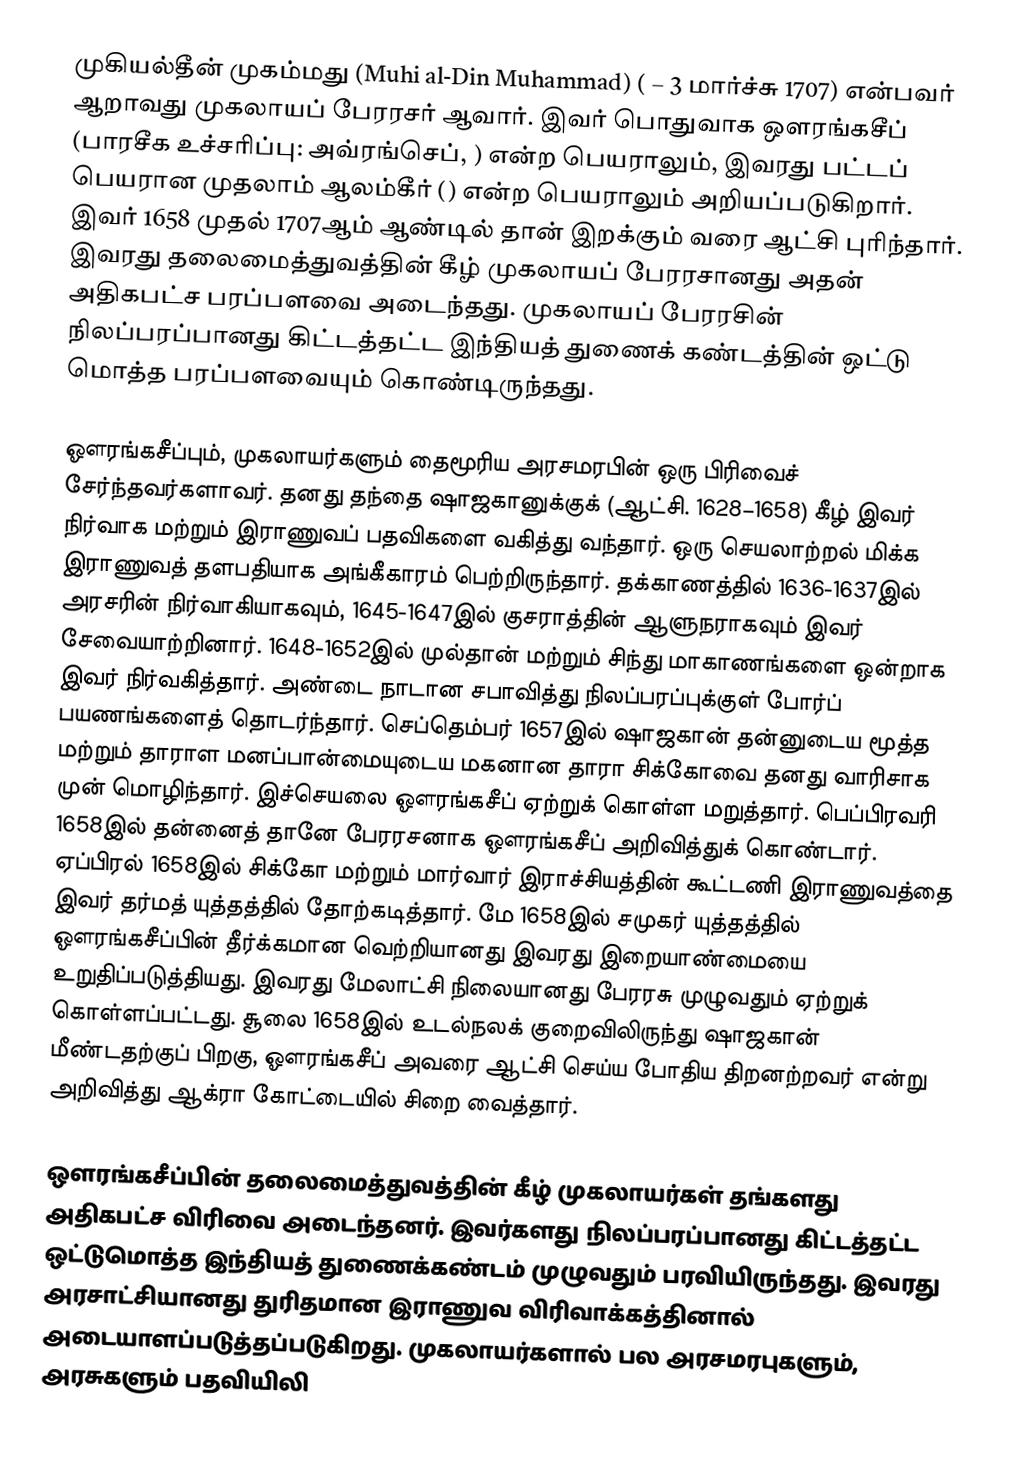
முகியல்தீன் முகம்மது (Muhi al-Din Muhammad) ( – 3 மார்ச்சு 1707) என்பவர் ஆறாவது முகலாயப் பேரரசர் ஆவார். இவர் பொதுவாக ஔரங்கசீப் (பாரசீக உச்சரிப்பு: அவ்ரங்செப், ) என்ற பெயராலும், இவரது பட்டப் பெயரான முதலாம் ஆலம்கீர் () என்ற பெயராலும் அறியப்படுகிறார். இவர் 1658 முதல் 1707ஆம் ஆண்டில் தான் இறக்கும் வரை ஆட்சி புரிந்தார். இவரது தலைமைத்துவத்தின் கீழ் முகலாயப் பேரரசானது அதன் அதிகபட்ச பரப்பளவை அடைந்தது. முகலாயப் பேரரசின் நிலப்பரப்பானது கிட்டத்தட்ட இந்தியத் துணைக் கண்டத்தின் ஒட்டு மொத்த பரப்பளவையும் கொண்டிருந்தது.

ஔரங்கசீப்பும், முகலாயர்களும் தைமூரிய அரசமரபின் ஒரு பிரிவைச் சேர்ந்தவர்களாவர். தனது தந்தை ஷாஜகானுக்குக் (ஆட்சி. 1628–1658) கீழ் இவர் நிர்வாக மற்றும் இராணுவப் பதவிகளை வகித்து வந்தார். ஒரு செயலாற்றல் மிக்க இராணுவத் தளபதியாக அங்கீகாரம் பெற்றிருந்தார். தக்காணத்தில் 1636-1637இல் அரசரின் நிர்வாகியாகவும், 1645-1647இல் குசராத்தின் ஆளுநராகவும் இவர் சேவையாற்றினார். 1648-1652இல் முல்தான் மற்றும் சிந்து மாகாணங்களை ஒன்றாக இவர் நிர்வகித்தார். அண்டை நாடான சபாவித்து நிலப்பரப்புக்குள் போர்ப் பயணங்களைத் தொடர்ந்தார். செப்தெம்பர் 1657இல் ஷாஜகான் தன்னுடைய மூத்த மற்றும் தாராள மனப்பான்மையுடைய மகனான தாரா சிக்கோவை தனது வாரிசாக முன் மொழிந்தார். இச்செயலை ஔரங்கசீப் ஏற்றுக் கொள்ள மறுத்தார். பெப்பிரவரி 1658இல் தன்னைத் தானே பேரரசனாக ஔரங்கசீப் அறிவித்துக் கொண்டார். ஏப்பிரல் 1658இல் சிக்கோ மற்றும் மார்வார் இராச்சியத்தின் கூட்டணி இராணுவத்தை இவர் தர்மத் யுத்தத்தில் தோற்கடித்தார். மே 1658இல் சமுகர் யுத்தத்தில் ஔரங்கசீப்பின் தீர்க்கமான வெற்றியானது இவரது இறையாண்மையை உறுதிப்படுத்தியது. இவரது மேலாட்சி நிலையானது பேரரசு முழுவதும் ஏற்றுக் கொள்ளப்பட்டது. சூலை 1658இல் உடல்நலக் குறைவிலிருந்து ஷாஜகான் மீண்டதற்குப் பிறகு, ஔரங்கசீப் அவரை ஆட்சி செய்ய போதிய திறனற்றவர் என்று அறிவித்து ஆக்ரா கோட்டையில் சிறை வைத்தார்.

ஔரங்கசீப்பின் தலைமைத்துவத்தின் கீழ் முகலாயர்கள் தங்களது அதிகபட்ச விரிவை அடைந்தனர். இவர்களது நிலப்பரப்பானது கிட்டத்தட்ட ஒட்டுமொத்த இந்தியத் துணைக்கண்டம் முழுவதும் பரவியிருந்தது. இவரது அரசாட்சியானது துரிதமான இராணுவ விரிவாக்கத்தினால் அடையாளப்படுத்தப்படுகிறது. முகலாயர்களால் பல அரசமரபுகளும், அரசுகளும் பதவியிலி